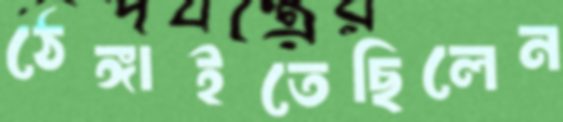
ঠেঙ্গাইতেছিলেন